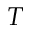
{ \cal T }